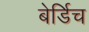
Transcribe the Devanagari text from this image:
बेर्डिच